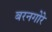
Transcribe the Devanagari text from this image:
बरनगोरे